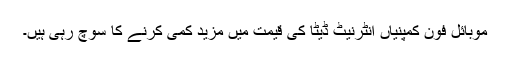
موبائل فون کمپنیاں انٹرنیٹ ڈیٹا کی قیمت میں مزید کمی کرنے کا سوچ رہی ہیں۔